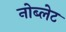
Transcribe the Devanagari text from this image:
नोब्लेट